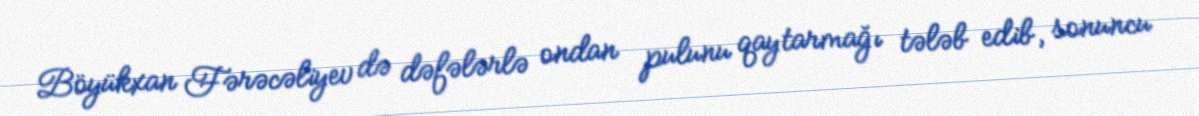
Böyükxan Fərəcəliyev də dəfələrlə ondan pulunu qaytarmağı tələb edib, sonuncu